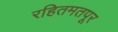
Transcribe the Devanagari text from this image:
रहितमतपूर